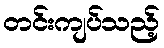
တင်းကျပ်သည့်